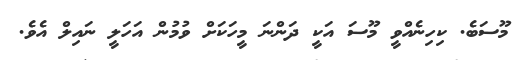
މޫސަބެ. ކިހިނެއްވީ މޫސަ އަކީ ދަންނަ މީހަކަށް ވުމުން އަހަލީ ނައިލް އެވެ.